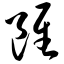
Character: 虽